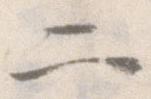
二